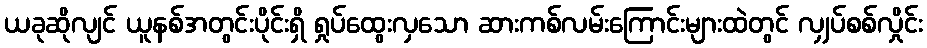
ယခုဆိုလျင် ယူနစ်အတွင်းပိုင်းရှိ ရှုပ်ထွေးလှသော ဆားကစ်လမ်းကြောင်းများထဲတွင် လျှပ်စစ်လှိုင်း